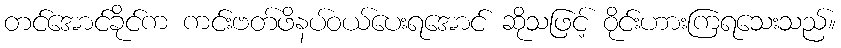
တင်အောင်ခိုင်က ကင်းဗတ်ဖိနပ်ဝယ်ပေးရအောင် ဆိုသဖြင့် ဝိုင်းဟားကြရသေးသည်။